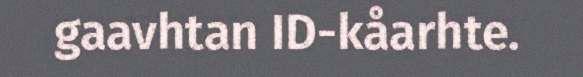
gaavhtan ID-kåarhte.